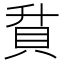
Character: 𮙶